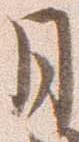
月